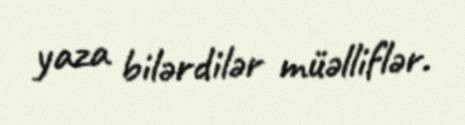
yaza bilərdilər müəlliflər.